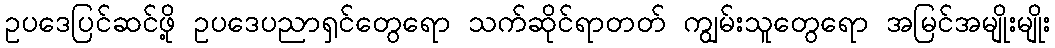
ဥပဒေပြင်ဆင်ဖို့ ဥပဒေပညာရှင်တွေရော သက်ဆိုင်ရာတတ် ကျွမ်းသူတွေရော အမြင်အမျိုးမျိုး